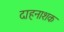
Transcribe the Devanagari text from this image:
दाहनाशक